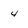
Character: 4